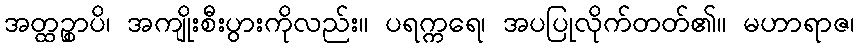
အတ္ထဉ္စာပိ၊ အကျိုးစီးပွားကိုလည်း။ ပရက္ကရေ၊ အပပြုလိုက်တတ်၏။ မဟာရာဇ၊